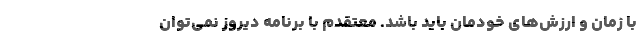
با زمان و ارزش‌های خودمان باید باشد. معتقدم با برنامه دیروز نمی‌توان